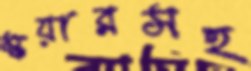
স্কয়ারসহ